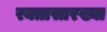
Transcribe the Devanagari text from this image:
रक्तासारख्या